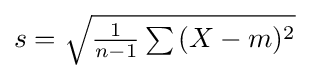
{\textstyle s={\sqrt {{\frac {1}{n-1}}\sum {(X-m)^{2}}}}}